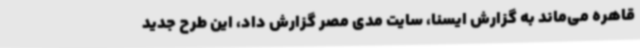
قاهره می‌ماند به گزارش ایسنا، سایت مدی مصر گزارش داد، این طرح جدید